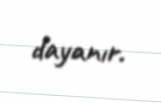
dayanır.